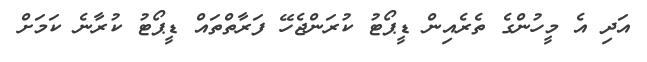
އަދި އެ މީހުންގެ ތެރެއިން ޑީޕޯޓު ކުރަންޖެހޭ ފަރާތްތައް ޑީޕޯޓު ކުރާނެ ކަމަށް